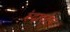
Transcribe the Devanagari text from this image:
रुंदावतेय